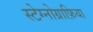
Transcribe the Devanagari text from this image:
स्टेग्नोग्राफ़िया